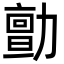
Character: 勯